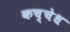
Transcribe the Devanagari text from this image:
कच्चेध